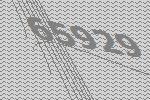
65929